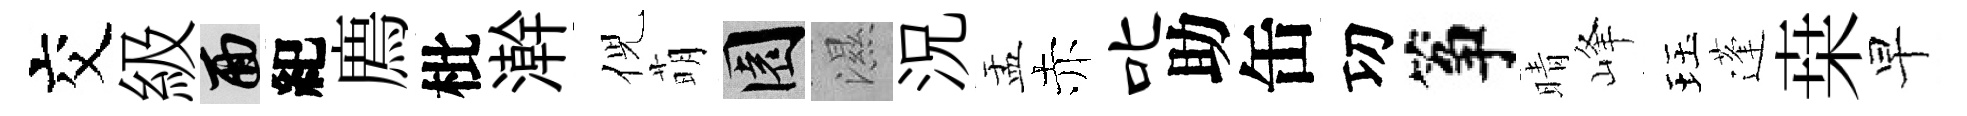
交級面紀廌枇澣倪萌園濕況盂赤叱助缶㓛筝晴峰珏蓬桒早